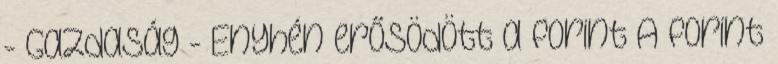
- Gazdaság - Enyhén erősödött a forint A forint